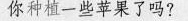
你种植一些苹果了吗?